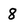
Character: 8